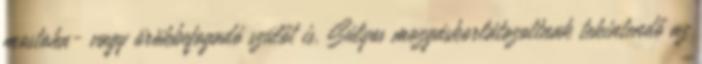
mostoha- vagy örökbefogadó szülőt is. Súlyos mozgáskorlátozottnak tekintendő az